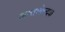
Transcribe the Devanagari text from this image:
अन्तःकेन्द्रक